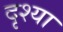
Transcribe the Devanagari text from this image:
दृश्या